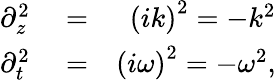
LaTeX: \begin{array}{rlr}{\partial_{z}^{2}}&{{}=}&{\left(ik\right)^{2}=-k^{2}}\\ {\partial_{t}^{2}}&{{}=}&{\left(i\omega\right)^{2}=-\omega^{2},}\end{array}